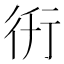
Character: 𧗤